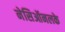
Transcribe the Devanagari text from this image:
नेसिऑनलके